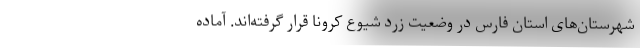
شهرستان‌های استان فارس در وضعیت زرد شیوع کرونا قرار گرفته‌اند. آماده